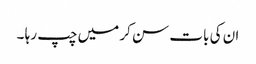
ان کی بات سن کر میں چپ رہا ۔